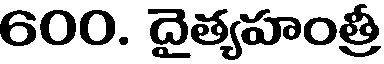
600. దైత్యహంత్రీ